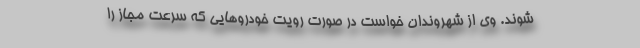
‌شوند. وی از شهروندان خواست در صورت رویت خودروهایی که سرعت مجاز را